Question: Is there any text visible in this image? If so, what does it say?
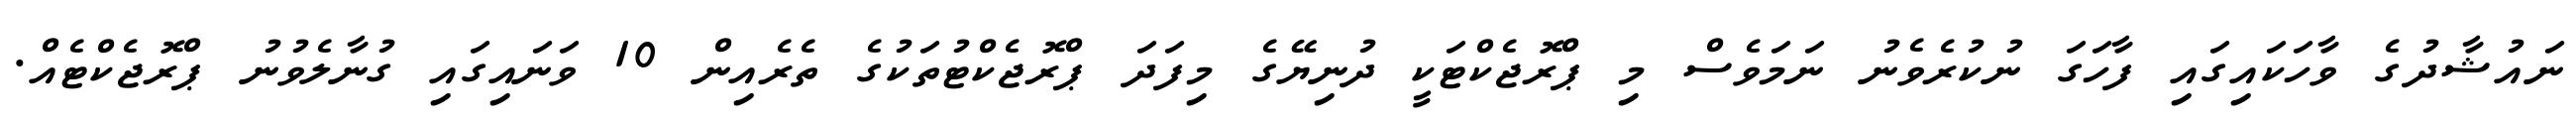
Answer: ނައުޝާދުގެ ވާހަކައިގައި ފާހަގަ ނުކުރެވެނު ނަމަވެސް މި ޕްރޮޖެކްޓަކީ ދުނިޔޭގެ މިފަދަ ޕްރޮޖެކްޓުތަކުގެ ތެރެއިން 10 ވަނައިގައި ގުނާލެވުނު ޕްރޮޖެކްޓެއް.